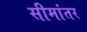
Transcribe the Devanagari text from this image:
सीमांतर